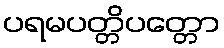
ပရမပတ္တိပတ္တော